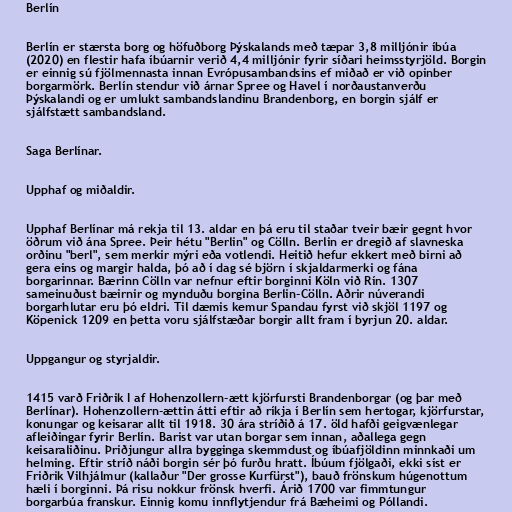
Berlín

Berlín er stærsta borg og höfuðborg Þýskalands með tæpar 3,8 milljónir íbúa
(2020) en flestir hafa íbúarnir verið 4,4 milljónir fyrir síðari heimsstyrjöld. Borgin
er einnig sú fjölmennasta innan Evrópusambandsins ef miðað er við opinber
borgarmörk. Berlín stendur við árnar Spree og Havel í norðaustanverðu
Þýskalandi og er umlukt sambandslandinu Brandenborg, en borgin sjálf er
sjálfstætt sambandsland.

Saga Berlínar.

Upphaf og miðaldir.

Upphaf Berlínar má rekja til 13. aldar en þá eru til staðar tveir bæir gegnt hvor
öðrum við ána Spree. Þeir hétu "Berlin" og Cölln. Berlin er dregið af slavneska
orðinu "berl", sem merkir mýri eða votlendi. Heitið hefur ekkert með birni að
gera eins og margir halda, þó að í dag sé björn í skjaldarmerki og fána
borgarinnar. Bærinn Cölln var nefnur eftir borginni Köln við Rín. 1307
sameinuðust bæirnir og mynduðu borgina Berlin-Cölln. Aðrir núverandi
borgarhlutar eru þó eldri. Til dæmis kemur Spandau fyrst við skjöl 1197 og
Köpenick 1209 en þetta voru sjálfstæðar borgir allt fram í byrjun 20. aldar.

Uppgangur og styrjaldir.

1415 varð Friðrik I af Hohenzollern-ætt kjörfursti Brandenborgar (og þar með
Berlínar). Hohenzollern-ættin átti eftir að ríkja í Berlín sem hertogar, kjörfurstar,
konungar og keisarar allt til 1918. 30 ára stríðið á 17. öld hafði geigvænlegar
afleiðingar fyrir Berlín. Barist var utan borgar sem innan, aðallega gegn
keisaraliðinu. Þriðjungur allra bygginga skemmdust og íbúafjöldinn minnkaði um
helming. Eftir stríð náði borgin sér þó furðu hratt. Íbúum fjölgaði, ekki síst er
Friðrik Vilhjálmur (kallaður "Der grosse Kurfürst"), bauð frönskum húgenottum
hæli í borginni. Þá risu nokkur frönsk hverfi. Árið 1700 var fimmtungur
borgarbúa franskur. Einnig komu innflytjendur frá Bæheimi og Póllandi.